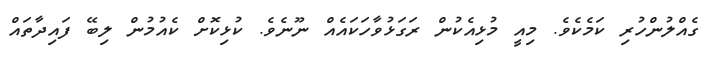
ގެއްލުންހުރި ކަމެކެވެ. މިއީ މުޅިއެކުން ރަގަޅުވާހަކައެއް ނޫނެވެ. ކުޅިކޮށް ކެއުމުން ލިބޭ ފައިދާތައް